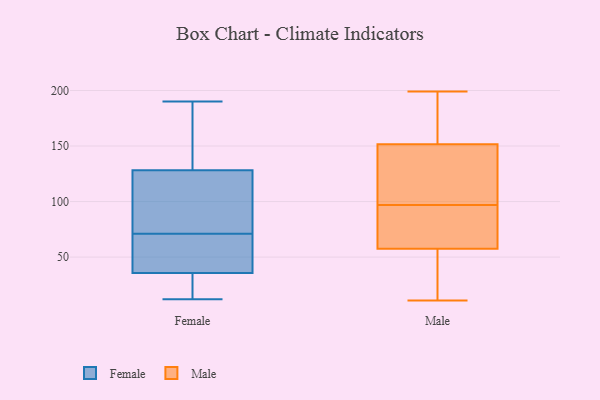
{"axis": {"x": "Active Users", "y": "Value"}, "legend": ["Female", "Male"], "data": [{"x": "", "y": 190, "type": "Female"}, {"x": "", "y": 125, "type": "Female"}, {"x": "", "y": 12, "type": "Female"}, {"x": "", "y": 52, "type": "Female"}, {"x": "", "y": 35, "type": "Female"}, {"x": "", "y": 55, "type": "Female"}, {"x": "", "y": 110, "type": "Female"}, {"x": "", "y": 20, "type": "Female"}, {"x": "", "y": 138, "type": "Female"}, {"x": "", "y": 108, "type": "Female"}, {"x": "", "y": 71, "type": "Female"}, {"x": "", "y": 36, "type": "Female"}, {"x": "", "y": 189, "type": "Female"}, {"x": "", "y": 132, "type": "Male"}, {"x": "", "y": 16, "type": "Male"}, {"x": "", "y": 55, "type": "Male"}, {"x": "", "y": 22, "type": "Male"}, {"x": "", "y": 194, "type": "Male"}, {"x": "", "y": 156, "type": "Male"}, {"x": "", "y": 92, "type": "Male"}, {"x": "", "y": 186, "type": "Male"}, {"x": "", "y": 199, "type": "Male"}, {"x": "", "y": 97, "type": "Male"}, {"x": "", "y": 65, "type": "Male"}, {"x": "", "y": 20, "type": "Male"}, {"x": "", "y": 138, "type": "Male"}, {"x": "", "y": 129, "type": "Male"}, {"x": "", "y": 129, "type": "Male"}, {"x": "", "y": 75, "type": "Male"}, {"x": "", "y": 11, "type": "Male"}, {"x": "", "y": 87, "type": "Male"}, {"x": "", "y": 168, "type": "Male"}]}